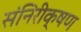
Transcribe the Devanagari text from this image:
संनिरीक्षण